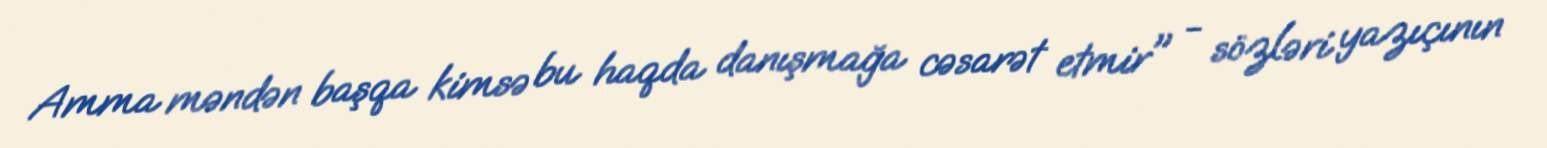
Amma məndən başqa kimsə bu haqda danışmağa cəsarət etmir" - sözləri yazıçının